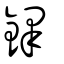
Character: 鐸